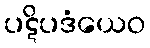
ပဋိပဒံယေဝ